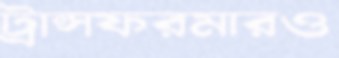
ট্রান্সফরমারও